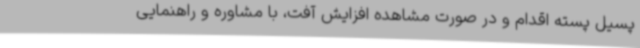
پسیل پسته اقدام و در صورت مشاهده افزایش آفت، با مشاوره و راهنمایی